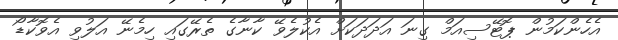
އެހެންކަމުން ޕޮޓޭސިއަމް ގިނަ އަދަދަކަށް އެކުލެވޭ ކާނާގެ ތެރޭގައި ހިމެނޭ އަލުވި އެވޮކާޑޯ